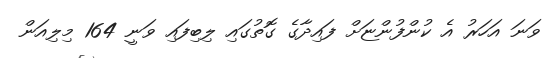
ވަނަ އަހަރު އެ ކުންފުންޏަށް ފައިދާގެ ގޮތުގައި ލިބިފައި ވަނީ 164 މިލިއަން